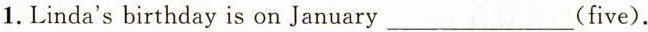
1.Linda's birthday is on January___(five).